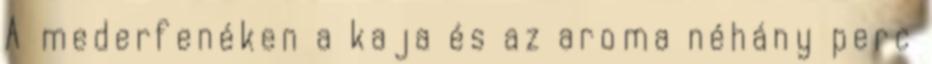
A mederfenéken a kaja és az aroma néhány perc